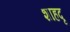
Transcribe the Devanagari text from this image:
शाहदृ